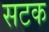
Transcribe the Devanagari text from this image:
सटक